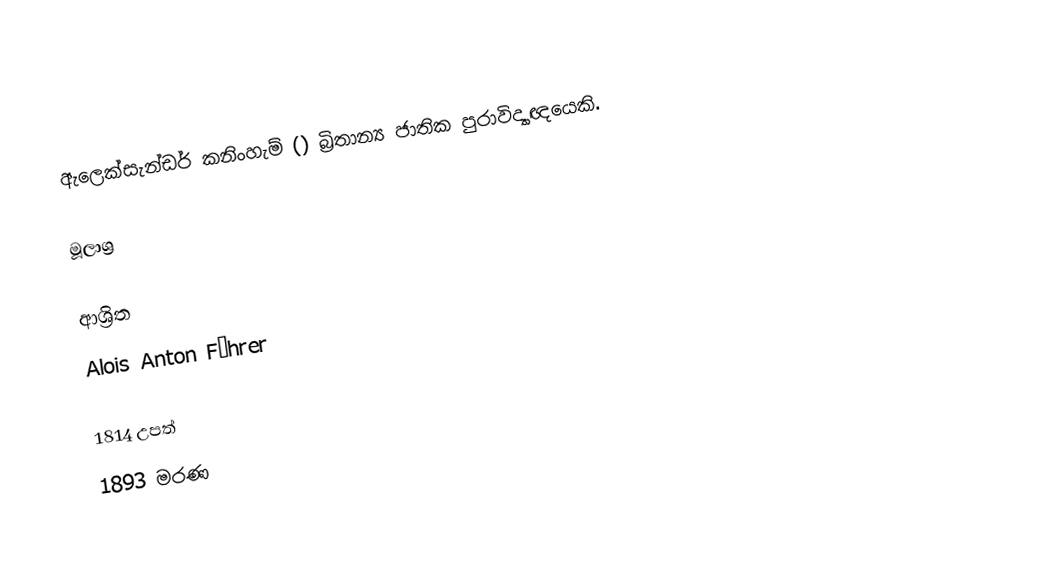
ඇලෙක්සැන්ඩර් කනිංහැම් () බ්‍රිතාන්‍ය ජාතික පුරාවිද්‍යාඥයෙකි.

මූලාශ්‍ර

ආශ්‍රිත
 Alois Anton Führer

1814 උපත්
1893 මරණ